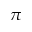
\pi